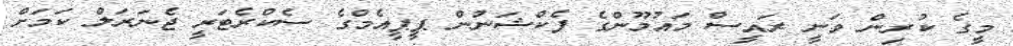
މީގެ ކުރިން ވަނީ ރައީސް މައުމޫންގެ ފެކްޝަނުން ޕީޕީއެމްގެ ސެކްރެޓަރީ ޖެނަރަލް ކަމަށް